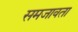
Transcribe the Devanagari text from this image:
समजावता